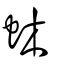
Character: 蚞